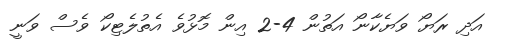
އަދި ރަޔޯ ވަޔެކާނޯ އަތުން 4-2 އިން މޮޅުވެ އެތުލެޓިކޯ ވެސް ވަނީ